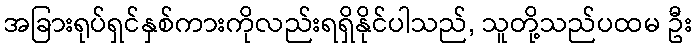
အခြားရုပ်ရှင်နှစ်ကားကိုလည်းရရှိနိုင်ပါသည်, သူတို့သည်ပထမ ဦး